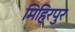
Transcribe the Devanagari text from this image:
मिहिरपुर